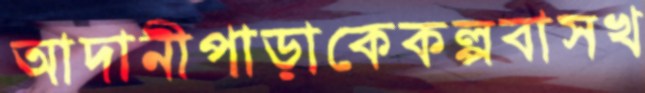
আদানীপাড়াকেকল্পবাসখ